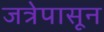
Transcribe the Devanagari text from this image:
जत्रेपासून